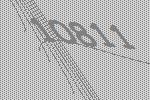
10811